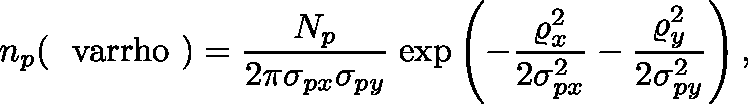
n _ { p } ( { \mathrm { \boldmath ~ \ v a r r h o ~ } } ) = { \frac { N _ { p } } { 2 \pi \sigma _ { p x } \sigma _ { p y } } } \; \mathrm { e x p } \left( - { \frac { \varrho _ { x } ^ { 2 } } { 2 \sigma _ { p x } ^ { 2 } } } - { \frac { \varrho _ { y } ^ { 2 } } { 2 \sigma _ { p y } ^ { 2 } } } \right) ,